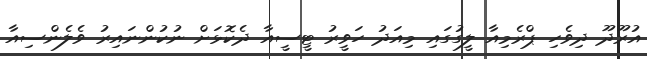
އުރޫދޫ ދިވެހި ޕްރެމިއާ ލީގުގައި މިއަދު ހަވީރު ޓީސީއާ ދެކޮޅަށް ނުކުންނައިރު ވެލެންސިއާ